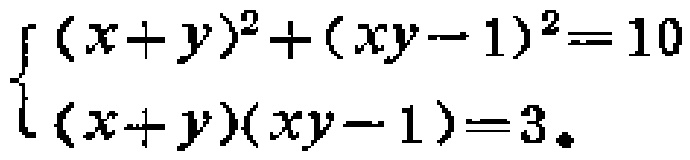
\[\begin{cases}(x + y)^2+(xy - 1)^2 = 10\\(x + y)(xy - 1)=3\end{cases}\]